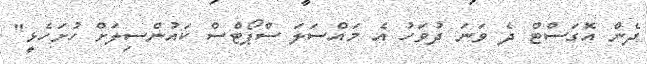
ދެން އޮގަސްޓް ދެ ވަނަ ދުވަހު އެ މައްސަލަ ސްޕޯޓްސް ކައުންސިލަށް ހުށަހެޅީ"